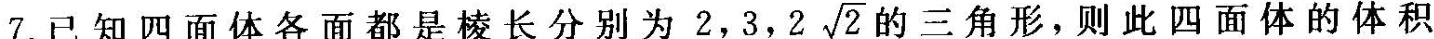
7.已知四面体各面都是棱长分别为2,3,2 \sqrt{2}的三角形，则此四面体的体积